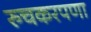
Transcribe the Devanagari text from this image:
रुचकरपणा